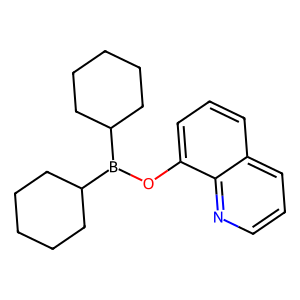
SMILES: c1cnc2c(OB(C3CCCCC3)C3CCCCC3)cccc2c1
Inhibits HIV replication: No